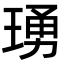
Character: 𬍺